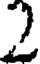
2